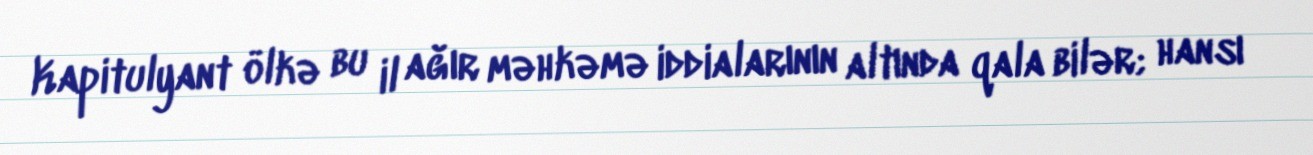
Kapitulyant ölkə bu il ağır məhkəmə iddialarının altında qala bilər; hansı